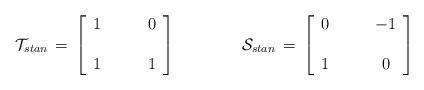
LaTeX: \begin{align*}{\cal T}_{stan}\,=\,\left[\begin{array}{cc} 1 &\qquad 0 \\&\\ 1 &\qquad 1\end{array}\right]\qquad\qquad{\cal S}_{stan}\,=\,\left[\begin{array}{cc} 0 &\qquad -1 \\&\\1 & \qquad 0\end{array}\right]\end{align*}